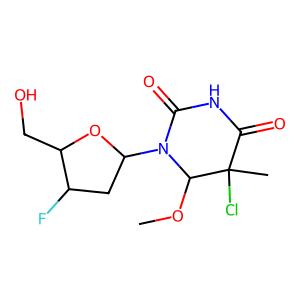
SMILES: COC1N(C2CC(F)C(CO)O2)C(=O)NC(=O)C1(C)Cl
Inhibits HIV replication: Yes